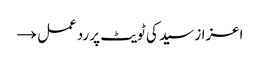
اعزاز سید کی ٹویٹ پر ردعمل →